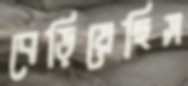
বেড়িয়েছিস